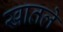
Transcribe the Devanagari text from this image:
खातले